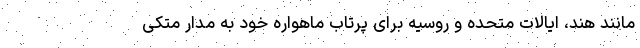
مانند هند، ایالات متحده و روسیه برای پرتاب ماهواره خود به مدار متکی